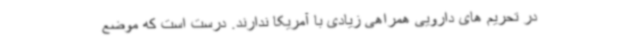
در تحریم های دارویی همراهی زیادی با آمریکا ندارند. درست است که موضع